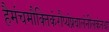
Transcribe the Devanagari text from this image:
हैमंचमौक्तिकंरौप्यंप्रवालंनीलकंतथा